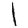
Digit: 1